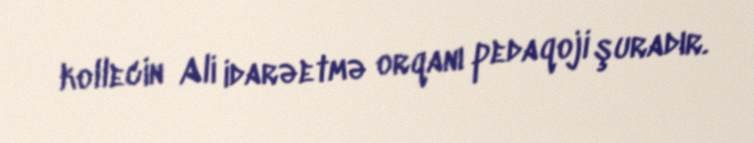
kollecin Ali idarəetmə orqanı pedaqoji şuradır.